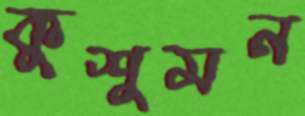
কুশুমন